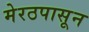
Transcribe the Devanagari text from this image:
मेरठपासून